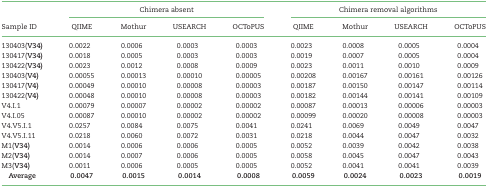
<table><thead><tr><td></td><td colspan="4"><b>Chimera absent</b></td><td colspan="4"><b>Chimera removal algorithms</b></td></tr><tr><td><b>Sample ID</b></td><td><b>QIIME</b></td><td><b>Mothur</b></td><td><b>USEARCH</b></td><td><b>OCToPUS</b></td><td><b>QIIME</b></td><td><b>Mothur</b></td><td><b>USEARCH</b></td><td><b>OCToPUS</b></td></tr></thead><tbody><tr><td>130403(<b>V34)</b></td><td>0.0022</td><td>0.0006</td><td>0.0003</td><td>0.0003</td><td>0.0023</td><td>0.0008</td><td>0.0005</td><td>0.0004</td></tr><tr><td>130417(<b>V34)</b></td><td>0.0018</td><td>0.0005</td><td>0.0003</td><td>0.0003</td><td>0.0019</td><td>0.0007</td><td>0.0005</td><td>0.0004</td></tr><tr><td>130422(<b>V34)</b></td><td>0.0023</td><td>0.0012</td><td>0.0008</td><td>0.0009</td><td>0.0023</td><td>0.0011</td><td>0.0010</td><td>0.0009</td></tr><tr><td>130403(<b>V4)</b></td><td>0.00055</td><td>0.00013</td><td>0.00010</td><td>0.00005</td><td>0.00208</td><td>0.00167</td><td>0.00161</td><td>0.00126</td></tr><tr><td>130417(<b>V4)</b></td><td>0.00049</td><td>0.00010</td><td>0.00008</td><td>0.00003</td><td>0.00187</td><td>0.00150</td><td>0.00147</td><td>0.00114</td></tr><tr><td>130422(<b>V4)</b></td><td>0.00048</td><td>0.00010</td><td>0.00008</td><td>0.00003</td><td>0.00182</td><td>0.00144</td><td>0.00141</td><td>0.00109</td></tr><tr><td>V4.I.1</td><td>0.00079</td><td>0.00007</td><td>0.00002</td><td>0.00002</td><td>0.00087</td><td>0.00013</td><td>0.00006</td><td>0.00003</td></tr><tr><td>V4.I.05</td><td>0.00087</td><td>0.00010</td><td>0.00002</td><td>0.00002</td><td>0.00099</td><td>0.00020</td><td>0.00008</td><td>0.00003</td></tr><tr><td>V4.V5.I.1</td><td>0.0257</td><td>0.0084</td><td>0.0075</td><td>0.0041</td><td>0.0241</td><td>0.0069</td><td>0.0049</td><td>0.0047</td></tr><tr><td>V4.V5.I.11</td><td>0.0218</td><td>0.0060</td><td>0.0072</td><td>0.0031</td><td>0.0218</td><td>0.0044</td><td>0.0047</td><td>0.0032</td></tr><tr><td>M1(<b>V34)</b></td><td>0.0014</td><td>0.0006</td><td>0.0006</td><td>0.0005</td><td>0.0052</td><td>0.0039</td><td>0.0042</td><td>0.0038</td></tr><tr><td>M2(<b>V34)</b></td><td>0.0014</td><td>0.0007</td><td>0.0006</td><td>0.0005</td><td>0.0058</td><td>0.0045</td><td>0.0047</td><td>0.0043</td></tr><tr><td>M3(<b>V34)</b></td><td>0.0011</td><td>0.0006</td><td>0.0005</td><td>0.0005</td><td>0.0052</td><td>0.0041</td><td>0.0041</td><td>0.0039</td></tr><tr><td><b>Average</b></td><td><b>0.0047</b></td><td><b>0.0015</b></td><td><b>0.0014</b></td><td><b>0.0008</b></td><td><b>0.0059</b></td><td><b>0.0024</b></td><td><b>0.0023</b></td><td><b>0.0019</b></td></tr></tbody></table>